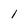
Character: l